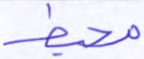
محيط